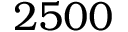
2 5 0 0